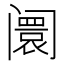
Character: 阛